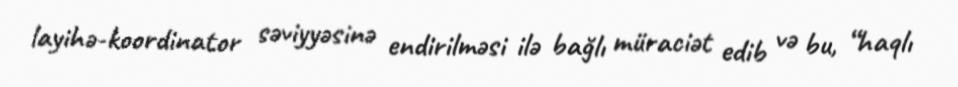
layihə-koordinator səviyyəsinə endirilməsi ilə bağlı müraciət edib və bu, “haqlı